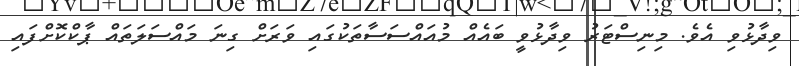
ވިދާޅުވި އެވެ. މިނިސްޓަރު ވިދާޅުވީ ބައެއް މުއައްސަސާތަކުގައި ވަރަށް ގިނަ މައްސަލަތައް ޕާކްކޮށްފައި